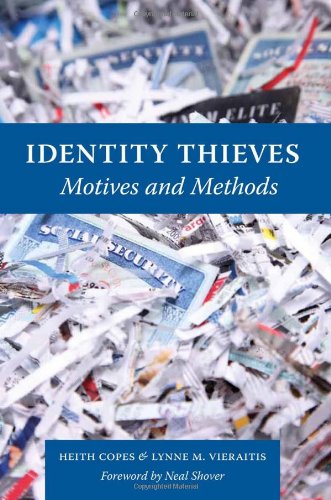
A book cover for Identity Thieves: Motives and Methods; Heith Copes; Biographies & Memoirs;